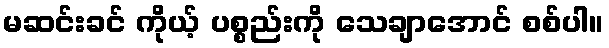
မဆင်းခင် ကိုယ့် ပစ္စည်းကို သေချာအောင် စစ်ပါ။